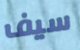
سيف